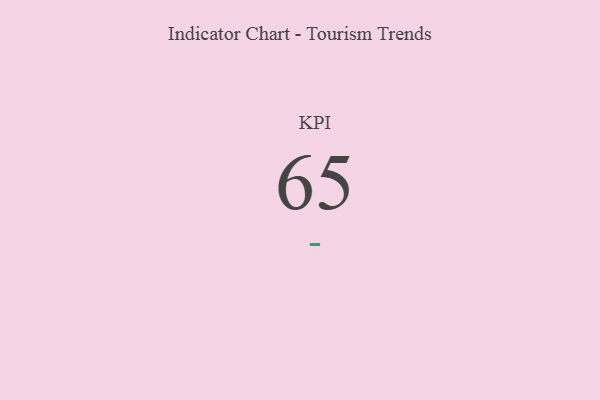
{"axis": {"x": "KPI", "y": "Value"}, "legend": [""], "data": [{"x": "KPI", "y": 65, "type": ""}]}